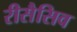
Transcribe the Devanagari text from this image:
रीसैसिव